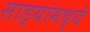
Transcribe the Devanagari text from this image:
साड्यांमध्ये